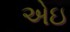
એઇ